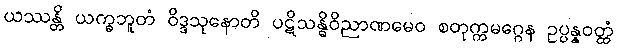
ယဿန္တိ ယက္ခဘူတံ ဝိဒ္ဒသုနောတိ ပဋိသန္ဓိဝိညာဏမေဝ စတုက္ကမဂ္ဂေန ဥပ္ပန္နဝတ္ထံ